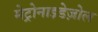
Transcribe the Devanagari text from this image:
मेट्रोनाइडेज़ोल